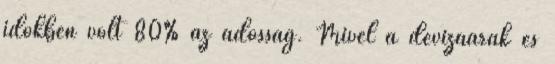
időkben volt 80% az adósság. Mivel a devizaárak és